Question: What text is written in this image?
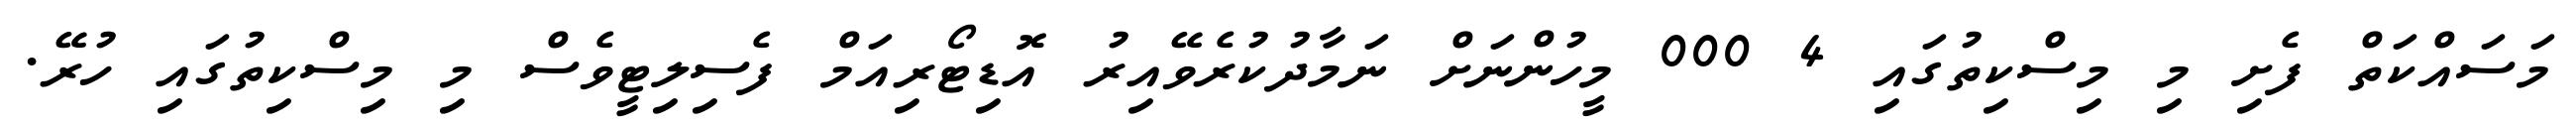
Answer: މަސައްކަތް ފެށި މި މިސްކިތުގައި 4 000 މީހުންނަށް ނަމާދުކުރެވޭއިރު އޮޑިޓޯރިއަމް ފެސިލިޓީވެސް މި މިސްކިތުގައި ހުރޭ.